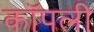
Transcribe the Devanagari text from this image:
कॉपली